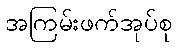
အကြမ်းဖက်အုပ်စု